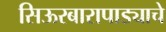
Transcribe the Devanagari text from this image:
सिऊरबारापाड्याचे